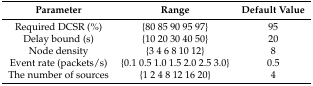
<table><thead><tr><td><b>Parameter</b></td><td><b>Range</b></td><td><b>Default Value</b></td></tr></thead><tbody><tr><td>Required DCSR (%)</td><td>{80 85 90 95 97}</td><td>95</td></tr><tr><td>Delay bound (s)</td><td>{10 20 30 40 50}</td><td>20</td></tr><tr><td>Node density</td><td>{3 4 6 8 10 12}</td><td>8</td></tr><tr><td>Event rate (packets/s)</td><td>{0.1 0.5 1.0 1.5 2.0 2.5 3.0}</td><td>0.5</td></tr><tr><td>The number of sources</td><td>{1 2 4 8 12 16 20}</td><td>4</td></tr></tbody></table>